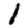
Digit: 1